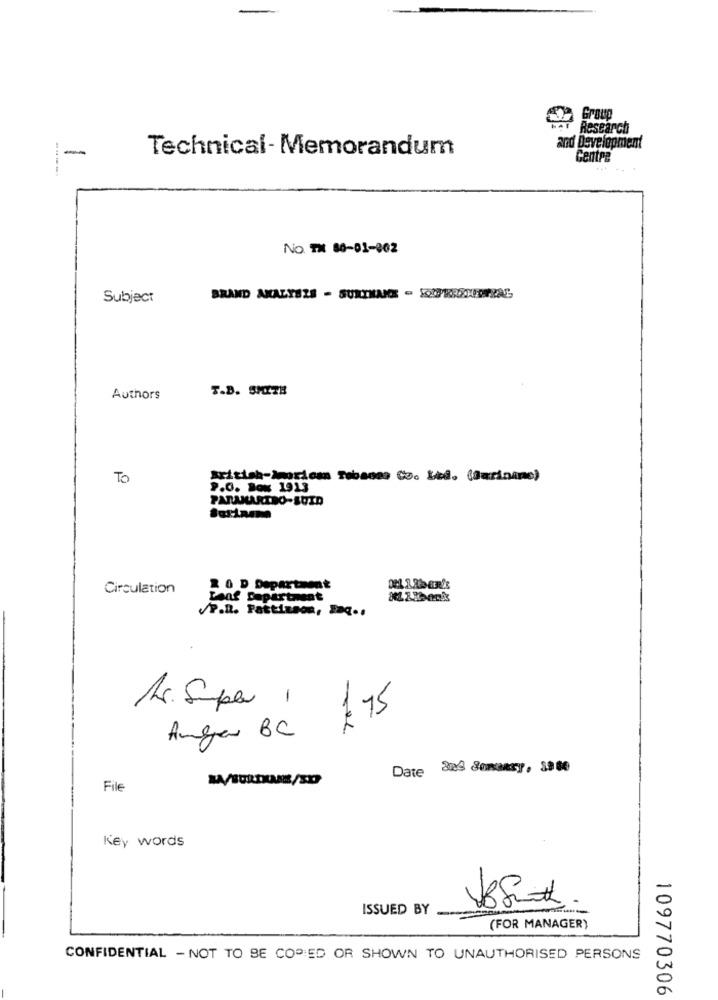
Group
Research
-
Technical- Memorandum
and Development
Centre
NO. TM 80-01-802
Subject
BRAND ANALYSIS - SURINAME - REPRENDRAS
T.B. SMITH
Authors
TO
British-imprican Tebanas Co. Ltd. (Suriname)
P.O. Box 1913
PARAMARIBO-SUID
Circulation
2 0 D Department
Loaf capire
P.D. Pattinson, Faq ..
As. Super 1
1 75
Augen BC
Date 829 Somcary, 19 60
File
Key words
ISSUED BY
--
(FOR MANAGER)
CONFIDENTIAL - NOT TO BE COPIED OR SHOWN TO UNAUTHORISED PERSONS
109770306